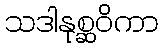
သဒါနုစ္ဆဝိကာ